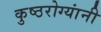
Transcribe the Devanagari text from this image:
कुष्ठरोग्यांनी